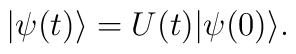
\vert \psi (t) \rangle = U(t) \vert \psi (0) \rangle.